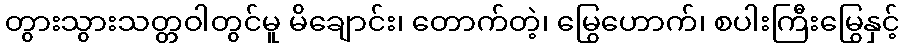
တွားသွားသတ္တဝါတွင်မူ မိချောင်း၊ တောက်တဲ့၊ မြွေဟောက်၊ စပါးကြီးမြွေနှင့်